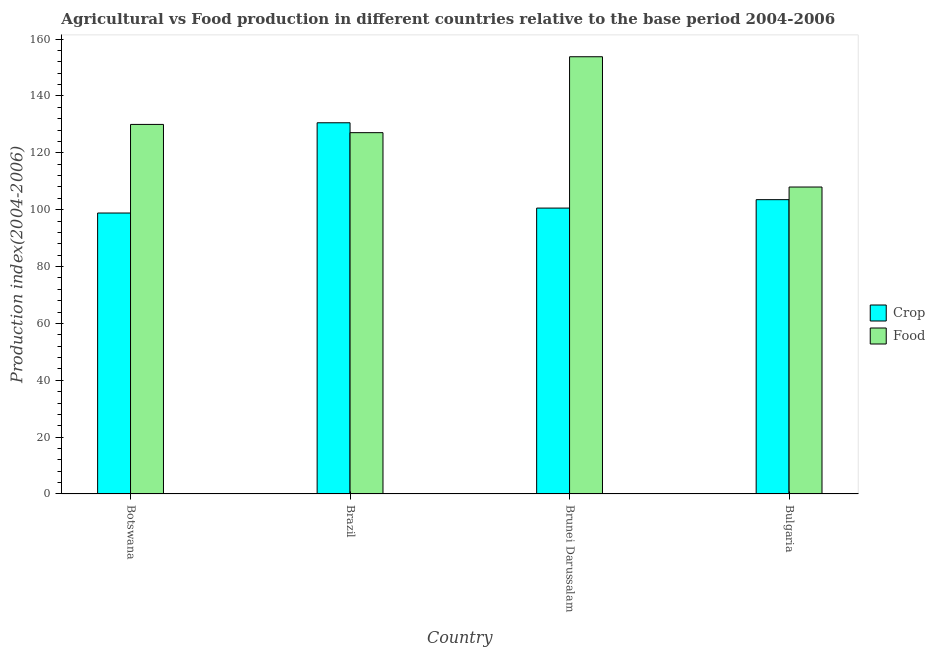
| Country | Crop | Food |
 | --- | --- | --- |
 | Botswana | 98.8 | 130 |
 | Brazil | 131 | 127 |
 | Brunei Darussalam | 101 | 154 |
 | Bulgaria | 104 | 108 |